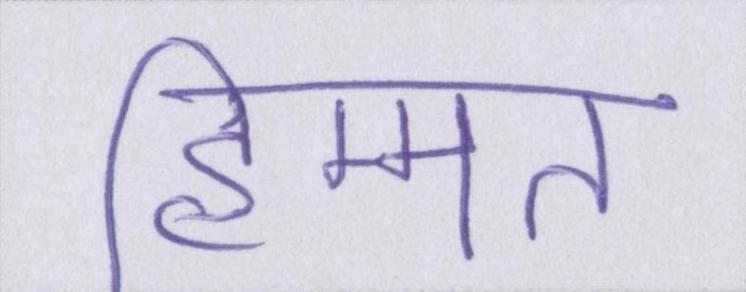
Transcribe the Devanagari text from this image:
हिम्मत